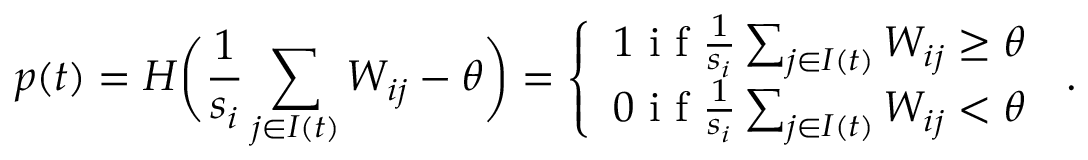
p ( t ) = H \biggl ( \frac { 1 } { s _ { i } } \sum _ { j \in I ( t ) } W _ { i j } - \theta \biggr ) = \left\{ \begin{array} { l l } { 1 \mathrm { ~ i ~ f ~ } \frac { 1 } { s _ { i } } \sum _ { j \in I ( t ) } W _ { i j } \geq \theta } \\ { 0 \mathrm { ~ i ~ f ~ } \frac { 1 } { s _ { i } } \sum _ { j \in I ( t ) } W _ { i j } < \theta } \end{array} \right. \, .